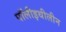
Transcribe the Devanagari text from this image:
पॉलीइथीलीन